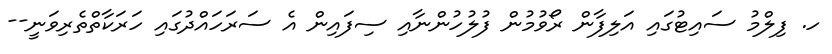
ހ. ފިލްމު ސައިޓުގައި އަލިފާން ރޯވުމުން ފުލުހުންނާއި ސިފައިން އެ ސަރަހައްދުގައި ހަރަކާތްތެރިވަނީ--